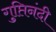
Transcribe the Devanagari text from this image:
गुप्तिनंदी